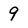
Character: 9